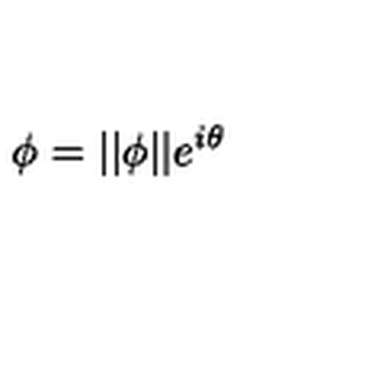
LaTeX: \phi = | | \phi | | e ^ { i \theta }